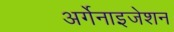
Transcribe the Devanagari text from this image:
अर्गेनाइजेशन